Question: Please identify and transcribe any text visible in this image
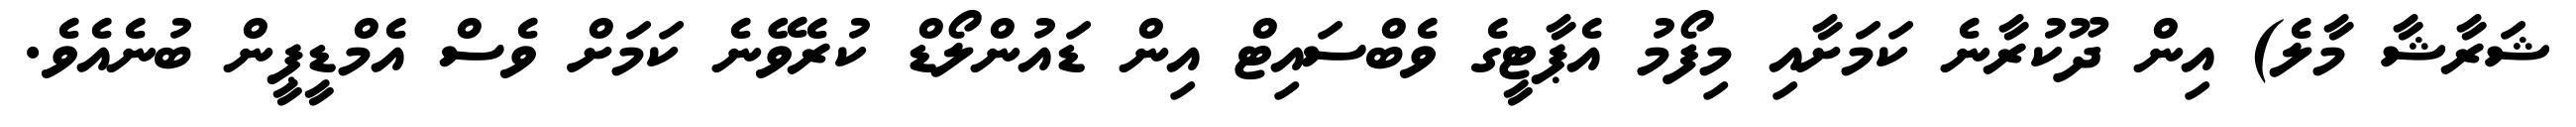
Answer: ޝަރާޝާ މާލެ) އިން ދޫކުރާނެ ކަމަށާއި މިފޯމު އެޕާޓީގެ ވެބްސައިޓް އިން ޑައުންލޯޑް ކުރެވޭނެ ކަމަށް ވެސް އެމްޑީޕީން ބުނެއެވެ.